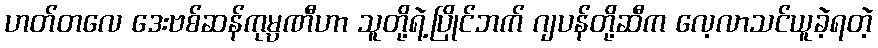
ဟတ်တလေ ဒေးဗစ်ဆန်ကုမ္ပဏီဟာ သူတို့ရဲ့ပြိုင်ဘက် ဂျပန်တို့ဆီက လေ့လာသင်ယူခဲ့ရတဲ့